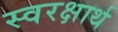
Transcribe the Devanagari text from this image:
स्वरक्षार्थ